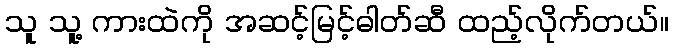
သူ သူ့ ကားထဲကို အဆင့်မြင့်ဓါတ်ဆီ ထည့်လိုက်တယ်။